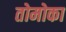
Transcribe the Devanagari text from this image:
तोमोका